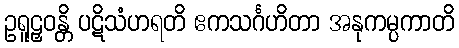
ဥရူဠှဝန္တိ ပဋိသံဟရတိ ဧကသင်္ဂဟိတာ အနုကမ္ပကာတိ